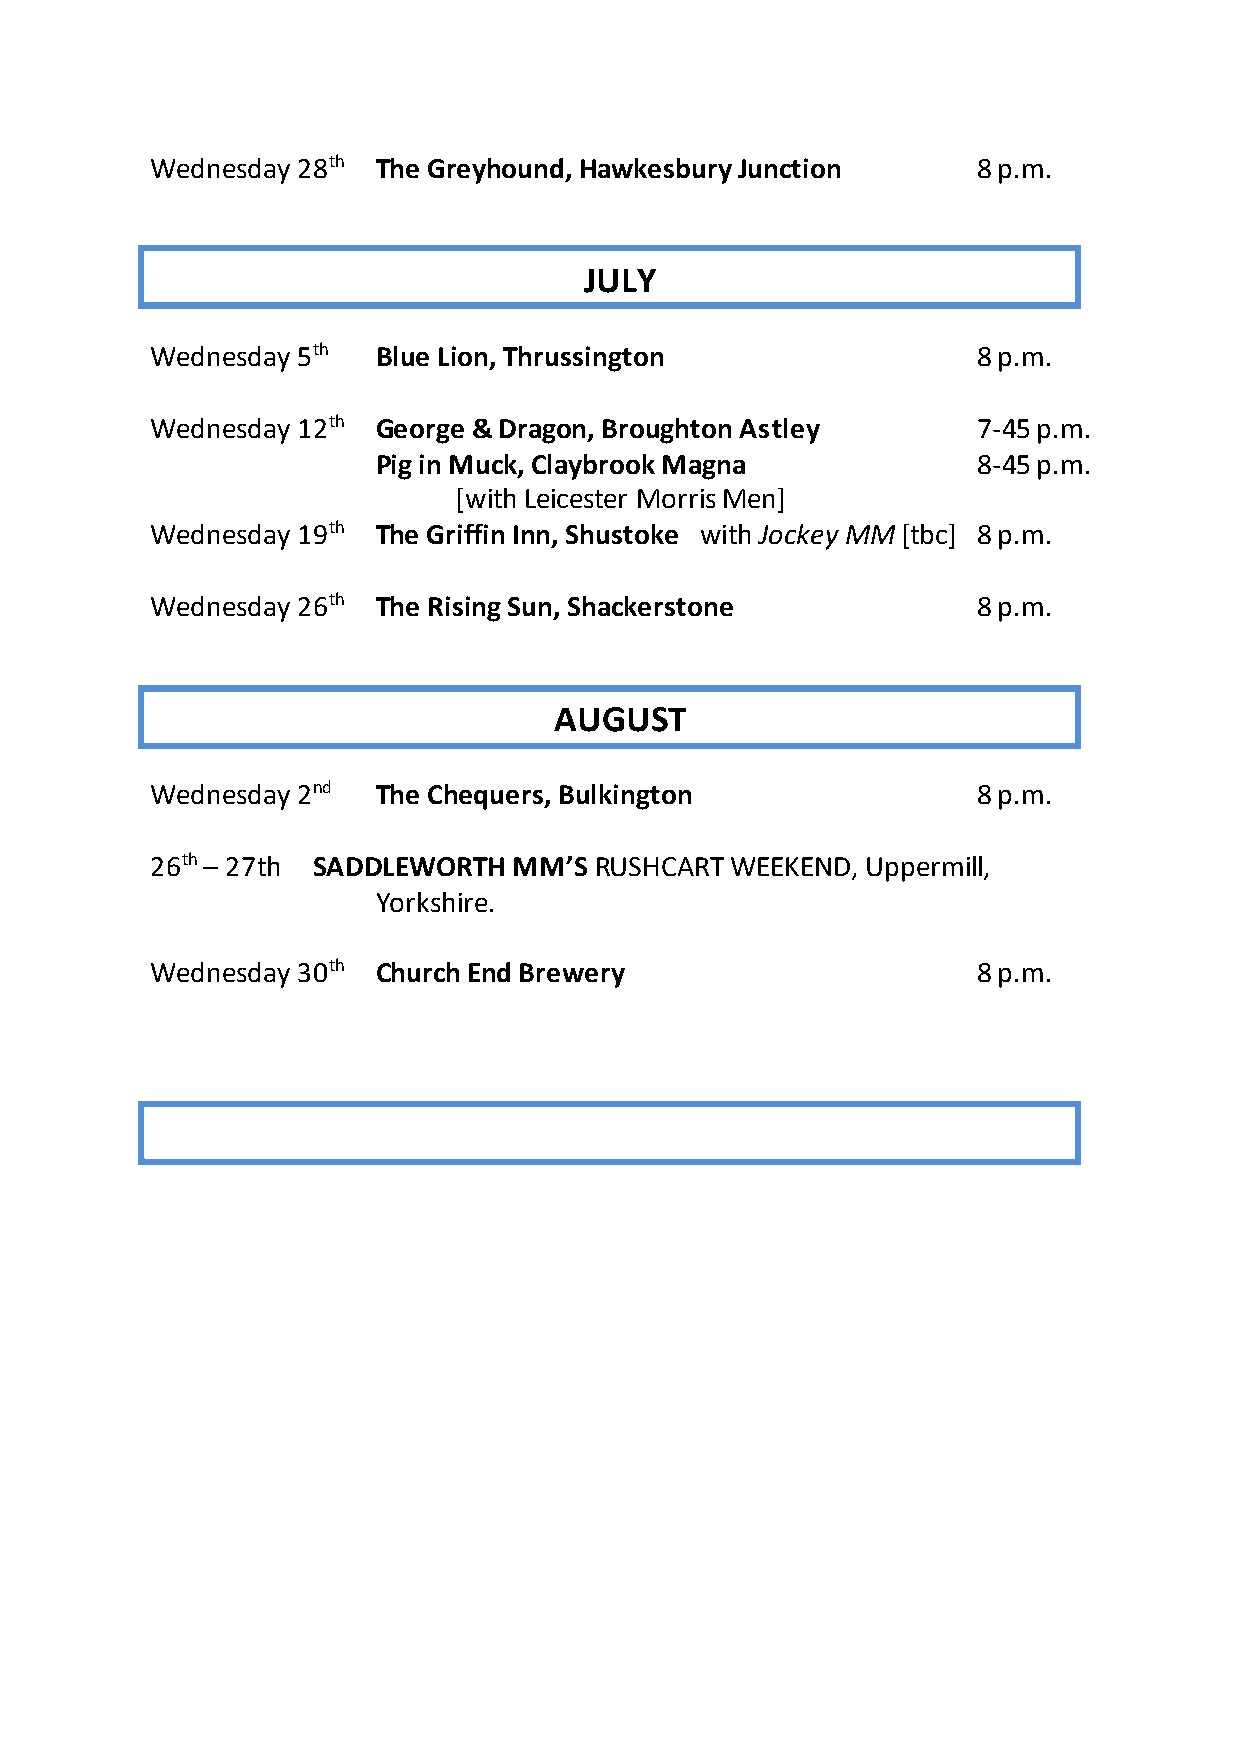
Wednesday 28th The Greyhound, Hawkesbury Junction      8 p.m.
 JULY
 Wednesday 5th  Blue Lion, Thrussington                 8 p.m.
 Wednesday 12th George & Dragon, Broughton Astley       7-45 p.m.
 Pig in Muck, Claybrook Magna            8-45 p.m.
 [with Leicester Morris Men]
 Wednesday 19th The Griffin Inn, Shustoke with Jockey MM [tbc] 8 p.m.
 Wednesday 26th The Rising Sun, Shackerstone            8 p.m.
 AUGUST
 Wednesday 2nd  The Chequers, Bulkington                8 p.m.
 26th – 27th SADDLEWORTH MM’S RUSHCART WEEKEND, Uppermill,
 Yorkshire.
 Wednesday 30th Church End Brewery                      8 p.m.